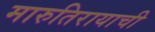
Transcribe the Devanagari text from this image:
मारुतिरायाची